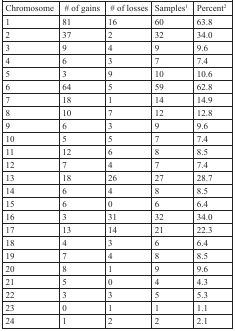
| Chromosome | # of gains | # of losses | Samples1 | Percent2 |
 | --- | --- | --- | --- | --- |
 | 1 | 81 | 16 | 60 | 63.8 |
 | 2 | 37 | 2 | 32 | 34.0 |
 | 3 | 9 | 4 | 9 | 9.6 |
 | 4 | 6 | 3 | 7 | 7.4 |
 | 5 | 3 | 9 | 10 | 10.6 |
 | 6 | 64 | 5 | 59 | 62.8 |
 | 7 | 18 | 1 | 14 | 14.9 |
 | 8 | 10 | 7 | 12 | 12.8 |
 | 9 | 6 | 3 | 9 | 9.6 |
 | 10 | 5 | 5 | 7 | 7.4 |
 | 11 | 12 | 6 | 8 | 8.5 |
 | 12 | 7 | 4 | 7 | 7.4 |
 | 13 | 18 | 26 | 27 | 28.7 |
 | 14 | 6 | 4 | 8 | 8.5 |
 | 15 | 6 | 0 | 6 | 6.4 |
 | 16 | 3 | 31 | 32 | 34.0 |
 | 17 | 13 | 14 | 21 | 22.3 |
 | 18 | 4 | 3 | 6 | 6.4 |
 | 19 | 7 | 4 | 8 | 8.5 |
 | 20 | 8 | 1 | 9 | 9.6 |
 | 21 | 5 | 0 | 4 | 4.3 |
 | 22 | 3 | 3 | 5 | 5.3 |
 | 23 | 0 | 1 | 1 | 1.1 |
 | 24 | 1 | 2 | 2 | 2.1 |